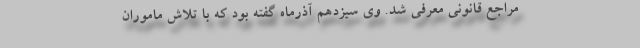
مراجع قانونی معرفی شد. وی سیزدهم آذرماه گفته بود که با تلاش ماموران